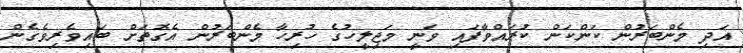
އަދި މެންބަރުން ކަންކަން ކުރައްވާފައި ވަނީ މަޖިލީހުގެ ހުރިހާ މެންބަރުން އެގޮތަށް ބައިވެރިވެގެން